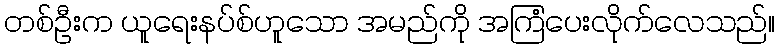
တစ်ဦးက ယူရေးနပ်စ်ဟူသော အမည်ကို အကြံပေးလိုက်လေသည်။